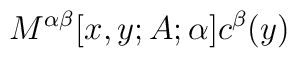
M^{\alpha \beta }[x,y;A;\alpha ]c^{\beta }(y)